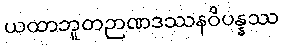
ယထာဘူတဉာဏဒဿနဝိပန္နဿ